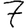
Digit: 7